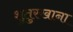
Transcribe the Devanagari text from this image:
शुतुरखाना